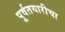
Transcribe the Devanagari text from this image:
पूर्वतयारीचा